system: You are a helpful assistant.
user:
Analyze the provided spectrum to determine if it is a **"Cataclysmic Variables (CV)"**.

- **Key Indicators for CV (Check for either state):**
    - **State 1: Quiescent / Low-State (Emission-Dominated)**
        - **(Primary):** Strong and *very broad* Hydrogen Balmer emission lines (e.g., $H\alpha$ at 6563 Å, $H\beta$ at 4861 Å). The 'broadness' (high velocity dispersion, often FWHM > 1000 km/s) is the key diagnostic, indicating a high-velocity accretion disk.
        - **(Secondary):** Broad neutral Helium (He I) emission lines (e.g., 5876 Å, 6678 Å).
        - **(Key Confirmation):** Presence of high-excitation *ionized* Helium (He II) emission at 4686 Å. This is a strong indicator of accretion onto a white dwarf.
        - **(Line Profile):** Emission lines may exhibit a 'double-peaked' profile, which is a classic signature of a rotating accretion disk viewed at high inclination.

    - **State 2: Outburst / High-State (Absorption-Dominated)**
        - **(Primary):** Spectrum is dominated by a bright, blue continuum (looks like a hot star).
        - **(Secondary):** The emission lines from State 1 are weak, absent, or 'filled in', and are replaced by broad, shallow *absorption* lines (primarily Balmer and He I).
        - **(Morphology):** The overall spectrum mimics a hot B/A-type star. The crucial difference is that the absorption lines are significantly broader, shallower, and more 'washed-out' (or 'smeared') than the sharp lines of a normal stellar photosphere, due to high rotational speeds and pressure broadening in the disk.

Think first, call **spectral_visualization_tool** if needed to examine features in detail, then provide your final answer. Your response must adhere to the following strict rules:
1.  **Overall Structure:** Your response must follow the format `<think>...</think> <tool_call>...</tool_call> (if a tool is used) <answer>...</answer>`.
2.  **Tool Usage Constraint:** You may only make **one** tool call per turn.
3.  **Final Answer Format:** In the `<answer>` tag, your conclusion must be inside a `\boxed{}` command (e.g., `\boxed{YES}`), followed by your justification.

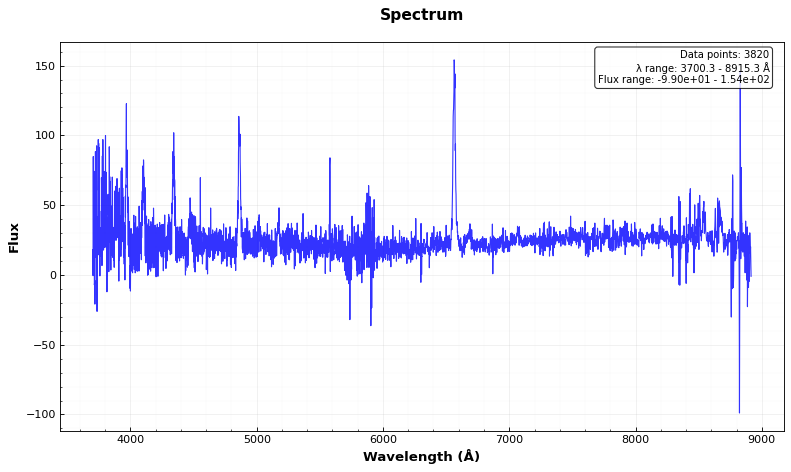
Answer: YES